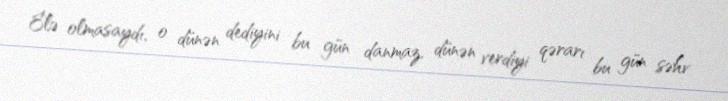
Elə olmasaydı, o dünən dediyini bu gün danmaz, dünən verdiyi qərarı bu gün səhv